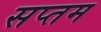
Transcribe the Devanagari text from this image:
सप्‍तम